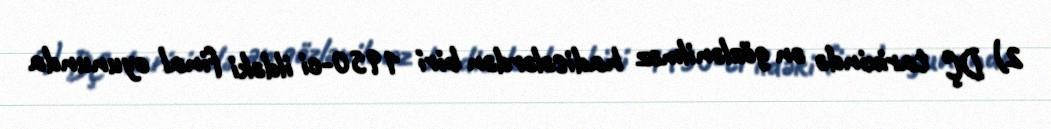
2) DÇ tarixində ən gözlənilməz hadisələrdən biri 1950-ci ildəki final oyununda